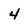
Character: 4